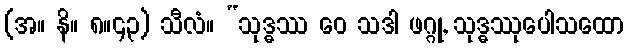
(အ။ နိ။ ၈။၄၃) သီလံ။ “သုဒ္ဓဿ ဝေ သဒါ ဖဂ္ဂု, သုဒ္ဓဿုပေါသထော